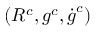
( R ^ { c } , \boldsymbol { g } ^ { c } , \dot { \boldsymbol { g } } ^ { c } )